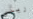
رينى